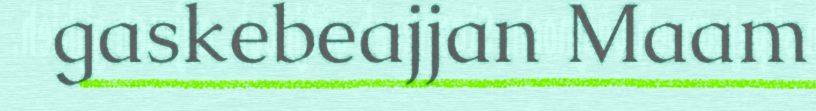
gaskebeajjan Maam